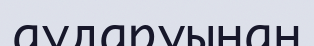
аударуынан